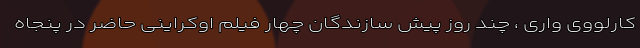
کارلووی واری ، چند روز پیش سازندگان چهار فیلم اوکراینی حاضر در پنجاه